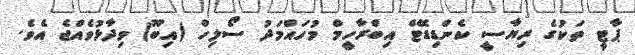
ޕާޓީ ތަކުގެ ރިޔާސީ ކެންޑިޑޭޓް އިބްރާހީމް މުހައްމަދު ސޯލިހް (އިބޫ) ވިދާޅުވެއްޖެ އެވެ.